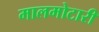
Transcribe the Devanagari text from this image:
मालमोटारी